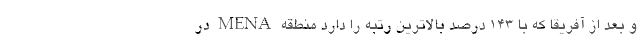
و بعد از آفریقا که با ۱۴۳ درصد بالاترین رتبه را دارد منطقه MENA در